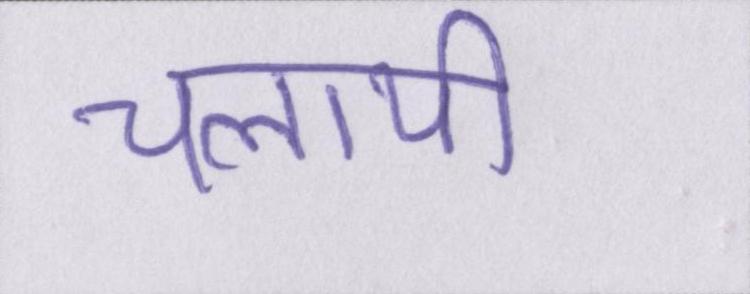
चलायी